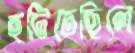
হটিতেছিলে